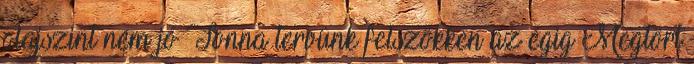
olajszint nem jó Tonna tervünk felszökken az égig Megtört